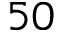
5 0